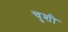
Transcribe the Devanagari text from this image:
चुशी